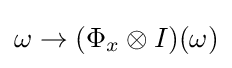
\omega \rightarrow (\Phi _{x}\otimes I)(\omega )